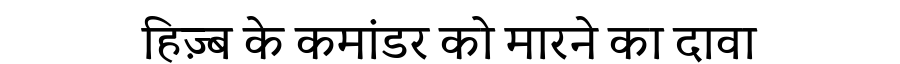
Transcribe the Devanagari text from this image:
हिज़्ब के कमांडर को मारने का दावा